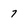
Character: 7